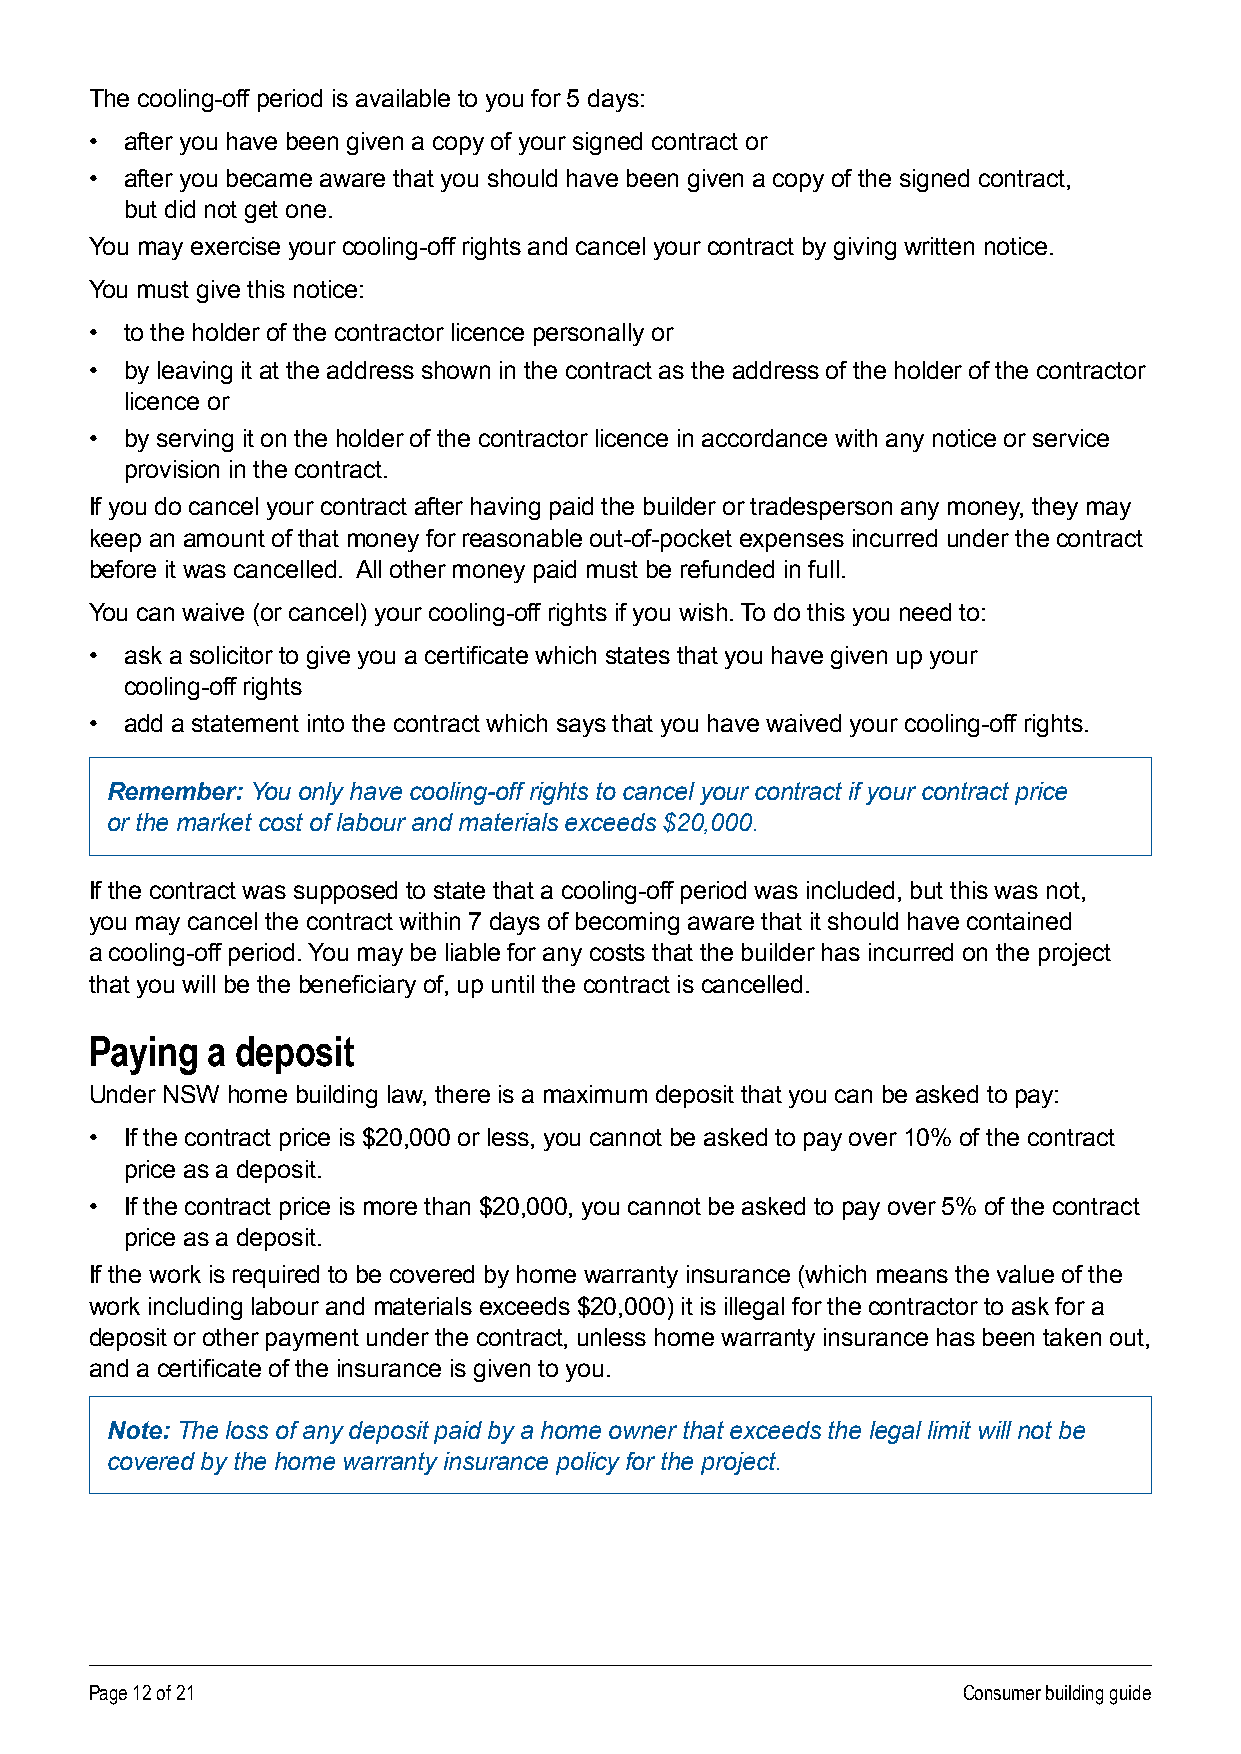
The cooling-off period is available to you for 5 days:
 • after you have been given a copy of your signed contract or
 • after you became aware that you should have been given a copy of the signed contract,
 but did not get one .
 You may exercise your cooling-off rights and cancel your contract by giving written notice.
 You must give this notice:
 • to the holder of the contractor licence personally or
 • by leaving it at the address shown in the contract as the address of the holder of the contractor
 licence or
 • by serving it on the holder of the contractor licence in accordance with any notice or service
 provision in the contract .
 If you do cancel your contract after having paid the builder or tradesperson any money, they may
 keep an amount of that money for reasonable out-of-pocket expenses incurred under the contract
 before it was cancelled . All other money paid must be refunded in full .
 You can waive (or cancel) your cooling-off rights if you wish . To do this you need to:
 • ask a solicitor to give you a certificate which states that you have given up your
 cooling-off rights
 • add a statement into the contract which says that you have waived your cooling-off rights .
 Remember: You only have cooling-off rights to cancel your contract if your contract price
 or the market cost of labour and materials exceeds $20,000.
 If the contract was supposed to state that a cooling-off period was included, but this was not,
 you may cancel the contract within 7 days of becoming aware that it should have contained
 a cooling-off period . You may be liable for any costs that the builder has incurred on the project
 that you will be the beneficiary of, up until the contract is cancelled.
 Paying  a deposit
 Under NSW home building law, there is a maximum deposit that you can be asked to pay:
 • If the contract price is $20,000 or less, you cannot be asked to pay over 10% of the contract
 price as a deposit .
 • If the contract price is more than $20,000, you cannot be asked to pay over 5% of the contract
 price as a deposit .
 If the work is required to be covered by home warranty insurance (which means the value of the
 work including labour and materials exceeds $20,000) it is illegal for the contractor to ask for a
 deposit or other payment under the contract, unless home warranty insurance has been taken out,
 and a certificate of the insurance is given to you.
 Note: The loss of any deposit paid by a home owner that exceeds the legal limit will not be
 covered by the home warranty insurance policy for the project.
 Page 12 of 21                                             Consumer building guide